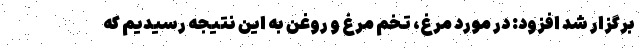
برگزار شد افزود: در مورد مرغ، تخم مرغ و روغن به این نتیجه رسیدیم که